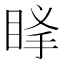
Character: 𥆶